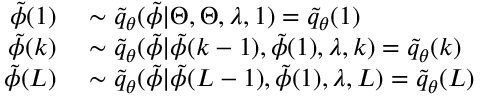
\begin{array} { r l } { \tilde { \phi } ( 1 ) } & { { } \sim \tilde { q } _ { \theta } ( \tilde { \phi } | \Theta , \Theta , \lambda , 1 ) = \tilde { q } _ { \theta } ( 1 ) } \\ { \tilde { \phi } ( k ) } & { { } \sim \tilde { q } _ { \theta } ( \tilde { \phi } | \tilde { \phi } ( k - 1 ) , \tilde { \phi } ( 1 ) , \lambda , k ) = \tilde { q } _ { \theta } ( k ) } \\ { \tilde { \phi } ( L ) } & { { } \sim \tilde { q } _ { \theta } ( \tilde { \phi } | \tilde { \phi } ( L - 1 ) , \tilde { \phi } ( 1 ) , \lambda , L ) = \tilde { q } _ { \theta } ( L ) } \end{array}